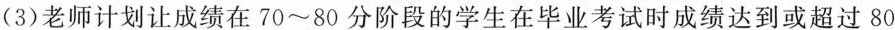
(3)老师计划让成绩在70~80分阶段的学生在毕业考试时成绩达到或超过80